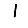
Digit: 1